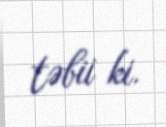
təbii ki.